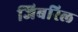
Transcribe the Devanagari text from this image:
जिबरिल